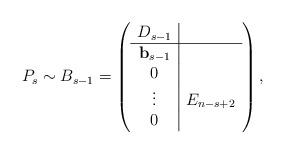
LaTeX: \begin{align*}P_s \sim B_{s-1}= \left ( \begin{array}{c|c}D_{s-1} & \\ \hline\mathbf b_{s-1} & \\ 0 & \\ \vdots & E_{n-s+2} \\ 0 & \\\end{array} \right ) ,\end{align*}